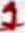
Text: 1